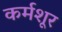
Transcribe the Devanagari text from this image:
कर्मशूर